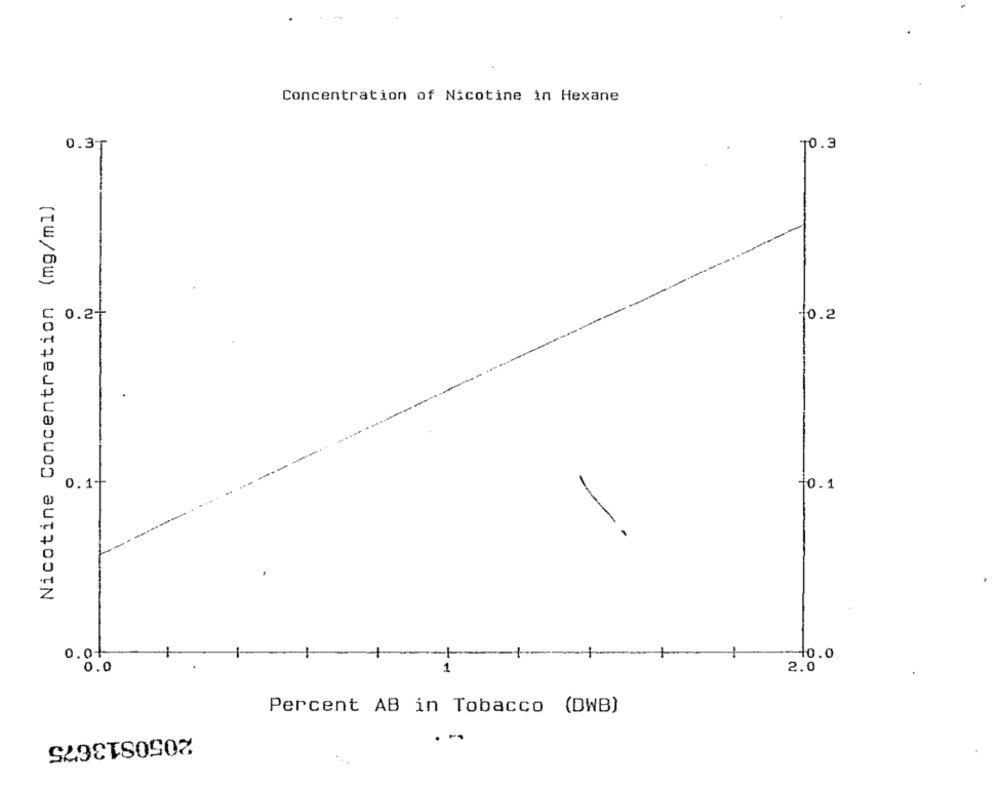
Concentration of Nicotine in Hexane
0.3T
70.3
Nicotine Concentration (mg/ml)
0.2+
-0.2
0.1-
-0.1
-
0.0+
+
0.0
0.0
2.0
Percent AB in Tobacco (DWB)
2050813675